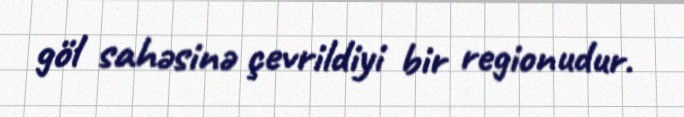
göl sahəsinə çevrildiyi bir regionudur.